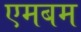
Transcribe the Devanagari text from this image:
एमबम